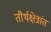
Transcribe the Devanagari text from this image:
तीर्थक्षेत्रांत